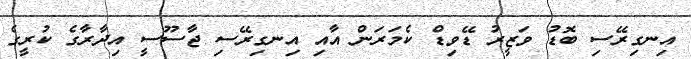
އިނގިރޭސި ބޮޑު ވަޒީރު ޑޭވިޑް ކެމަރަން އާއި އިނގިރޭސި ޖާސޫސީ އިދާރާގެ ކުރީގެ